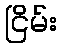
ငြိမ်း